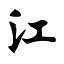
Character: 江